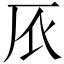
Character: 𠨸